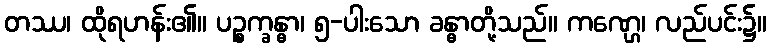
တဿ၊ ထိုရဟန်း၏။ ပဉ္စက္ခန္ဓာ၊ ၅-ပါးသော ခန္ဓာတို့သည်။ ကဏ္ဌေ၊ လည်ပင်း၌။